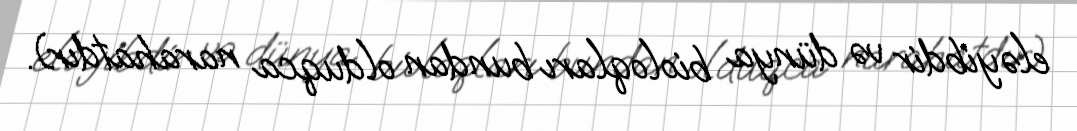
eləyibdir və dünya bioloqları bundan olduqca narahatdır).